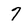
Character: 7